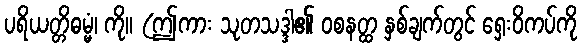
ပရိယတ္တိဓမ္မံ၊ ကို။ (ဤကား သုတသဒ္ဒါ၏ ဝစနတ္ထ နှစ်ချက်တွင် ရှေးဝိကပ်ကို